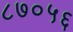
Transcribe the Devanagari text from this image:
८७०५६